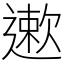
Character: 遬